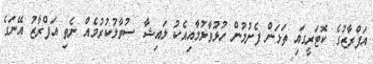
އަފްރާޒުގެ ކޮޓަރީގައި ތަޅަން ފެށުމުން ހުޅުވާލުމާއިއެކު ލައިޝާ ސުވާލުކުރުމެއް ނެތި އަފްރާޒު އޭނަގެ